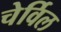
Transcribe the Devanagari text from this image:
चेर्विल